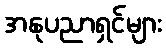
အနုပညာရှင်များ